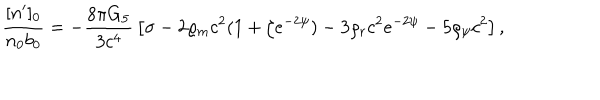
LaTeX: { \frac { [ n ^ { \prime } ] _ { 0 } } { n _ { 0 } b _ { 0 } } } = - { \frac { 8 \pi G _ { 5 } } { 3 c ^ { 4 } } } \left[ \sigma - 2 \varrho _ { m } c ^ { 2 } ( 1 + \zeta e ^ { - 2 \psi } ) - 3 \varrho _ { r } c ^ { 2 } e ^ { - 2 \psi } - 5 \varrho _ { \psi } c ^ { 2 } \right] ,